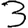
Digit: 3